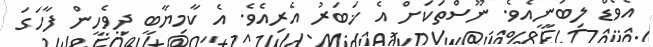
އެވޯޑް ލިބުނީއެވެ. ނޫސްތަކަށް އެ ޚަބަރު އެރިއެވެ. އެ ކާމިޔާބީ ދިވެހީން ފާހަގަ